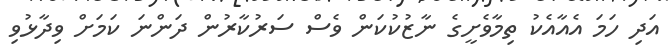
އަދި ހަމަ އެއާއެކު ތިމާވެށީގެ ނާޒުކުކަން ވެސް ސަރުކާރުން ދަންނަ ކަމަށް ވިދާޅުވި